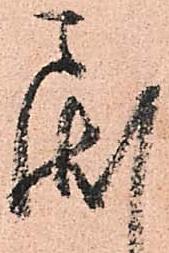
戻